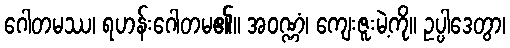
ဂေါတမဿ၊ ရဟန်းဂေါတမ၏။ အဝဏ္ဏံ၊ ကျေးဇူးမဲ့ကို။ ဥပ္ပါဒေတွာ၊